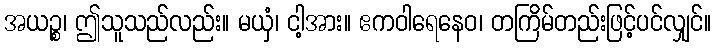
အယဉ္စ၊ ဤသူသည်လည်း။ မယှံ၊ ငါ့အား။ ဧကဝါရေနေဝ၊ တကြိမ်တည်းဖြင့်ပင်လျှင်။